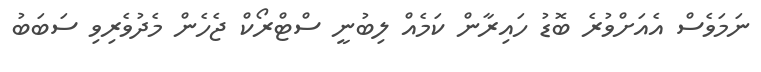
ނަމަވެސް އެއަށްވުރެ ބޮޑު ހައިރާން ކަމެއް ލިބުނީ ސްޓްރޯކް ޖެހެން މެދުވެރިވި ސަބަބު